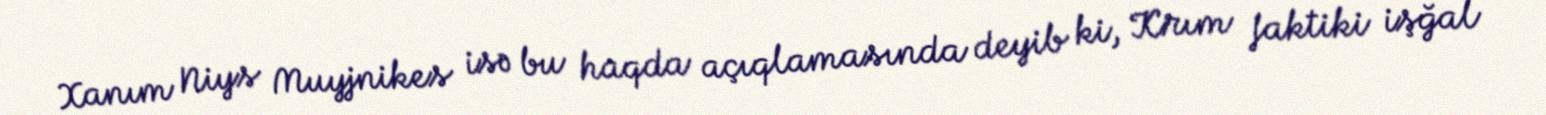
Xanım Niys Muyjnikes isə bu haqda açıqlamasında deyib ki, Krım faktiki işğal